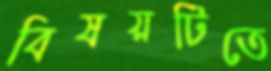
বিষয়টিতে